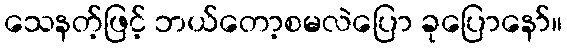
သေနတ့်ဖြင့် ဘယ်တော့စမလဲပြော ခုပြောနော်။